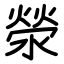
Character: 滎